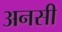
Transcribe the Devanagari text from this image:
अनसी